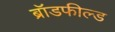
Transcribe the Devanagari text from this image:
ब्रॉडफील्ड